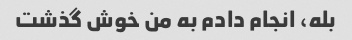
بله، انجام دادم به من خوش گذشت